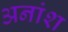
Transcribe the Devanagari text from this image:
अनांश